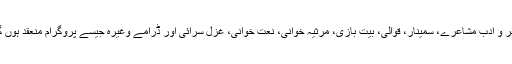
چیئرمین نے بتایا کہ تمام اضلاع میں برائے فروغ اردو شعر و ادب مشاعرے، سمینار، قوالی، بیت بازی، مرثیہ خوانی، نعت خوانی، غزل سرائی اور ڈرامے وغیرہ جیسے پروگرام منعقد ہوں گے جن میں کرناٹک کے فنکاروں کو ترجیح دی جائے گی۔